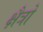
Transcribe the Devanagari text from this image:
क्षैत्रो